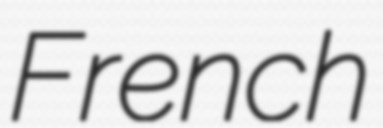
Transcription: French